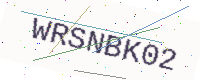
Text: WRSNBK02